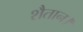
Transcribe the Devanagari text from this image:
शैतान।